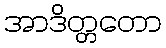
အာဒိတ္တတော